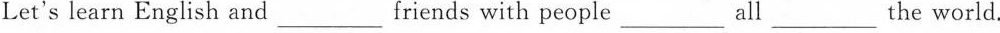
Let's learn English and ___ friends with people ___ all ____ the world.